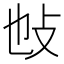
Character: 𢻫